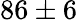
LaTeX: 86\pm 6